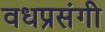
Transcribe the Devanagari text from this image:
वधप्रसंगी